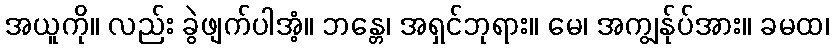
အယူကို။ လည်း ခွဲဖျက်ပါအံ့။ ဘန္တေ၊ အရှင်ဘုရား။ မေ၊ အကျွန်ုပ်အား။ ခမထ၊